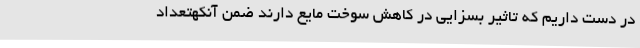
در دست داریم که تاثیر بسزایی در کاهش سوخت مایع دارند ضمن آنکهتعداد